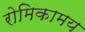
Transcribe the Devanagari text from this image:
रोमिकामय